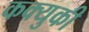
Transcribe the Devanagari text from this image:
कक्युकी